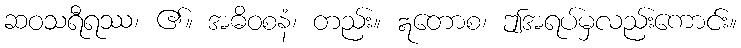
ဆဝသရီရဿ၊ ၏။ အဓိဝစနံ၊ တည်း။ ဣတောစ၊ ဤအရပ်မှလည်းကောင်း။